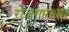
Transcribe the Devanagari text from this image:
रोजगारक्षम